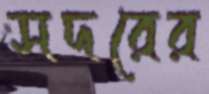
সদরের